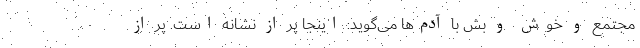
مجتمع و خوش و بش با آدم‌ها می‌گوید: اینجا پر از نشانه است. پر از